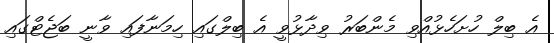
އެ ބިލް ހުށަހެޅުއްވި މެންބަރު ވިދާޅުވީ އެ ބިލްގައި ހިމަނާފައި ވާނީ ބަޖެޓްގައި